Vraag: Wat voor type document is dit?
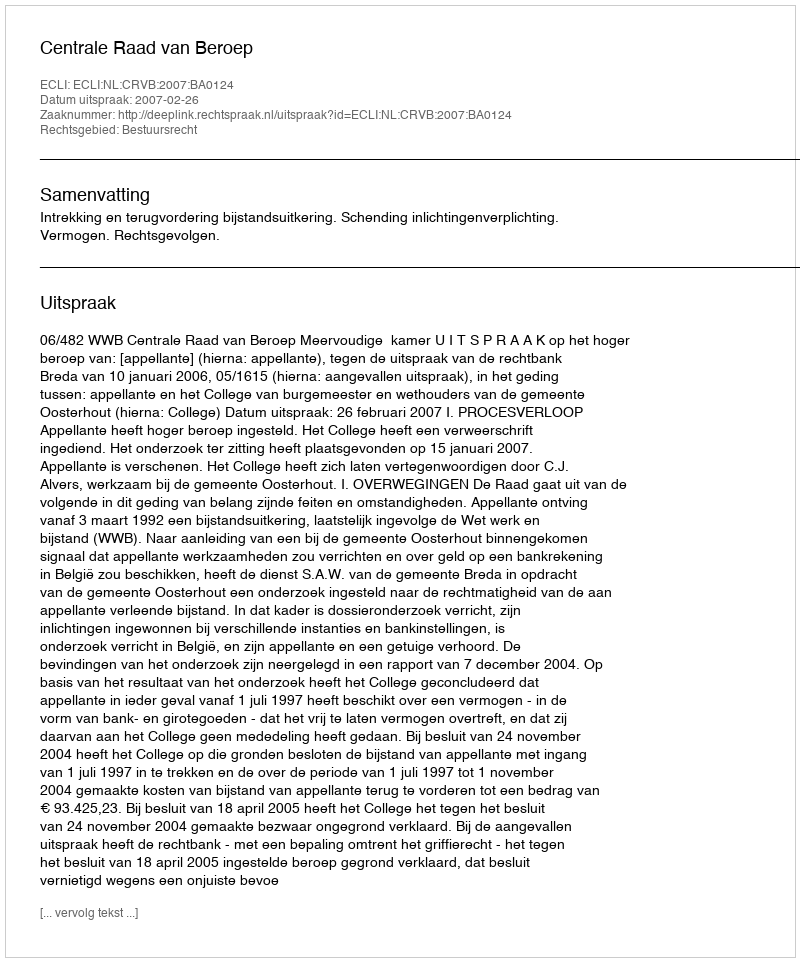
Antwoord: Uitspraak